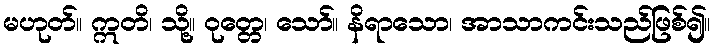
မဟုတ်။ ဣတိ၊ သို့။ ဝုတ္တေ၊ သော်။ နိရာသော၊ အာသာကင်းသည်ဖြစ်၍။